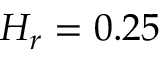
H _ { r } = 0 . 2 5